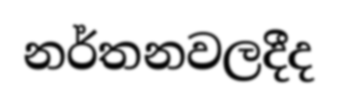
නර්තනවලදීද